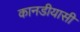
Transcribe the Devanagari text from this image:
कानडीयासी